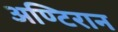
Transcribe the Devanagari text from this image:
अण्टिरान